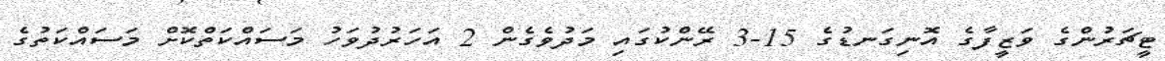
ޓީޗަރުންގެ ވަޒީފާގެ އޮނިގަނޑުގެ 15-3 ރޭންކުގައި މަދުވެގެން 2 އަހަރުދުވަހު މަސައްކަތްކޮށް މަސައްކަތުގެ